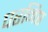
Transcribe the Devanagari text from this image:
परनिष्ठ